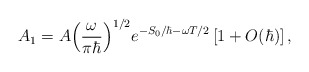
\begin{align*}{A_1}=A{{\left({{\omega}\over{\pi\hbar}}\right)}^{1/2}}{e^{-{S_0}/\hbar-\omega T/2}}\left[1+O(\hbar)\right],\end{align*}